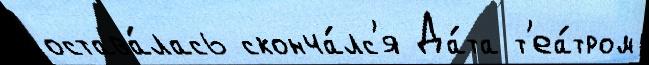
остава́лась сконча́лс'я Да́та т'еа́тром